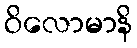
ဝိလောမာနိ